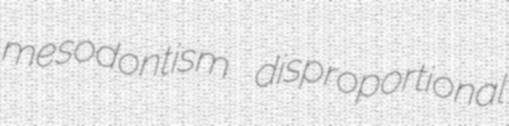
mesodontism disproportional